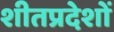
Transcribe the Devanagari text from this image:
शीतप्रदेशों